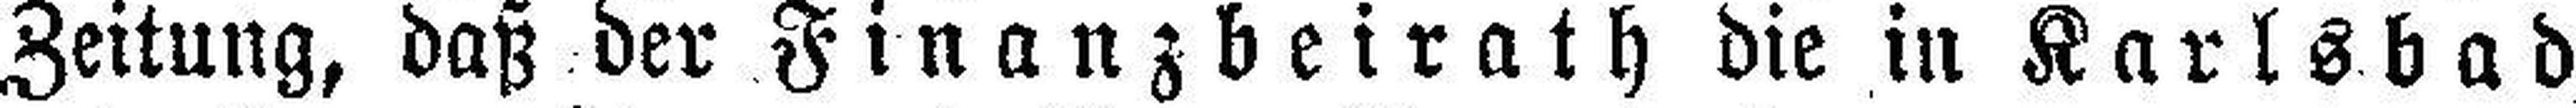
Zeitung, daß der Finanzbeirath die in Karlsbad